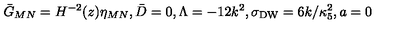
{ \bar { G } } _ { M N } = H ^ { - 2 } ( z ) \eta _ { M N } , \bar { D } = 0 , \Lambda = - 1 2 k ^ { 2 } , \sigma _ { \mathrm { D W } } = 6 k / \kappa _ { 5 } ^ { 2 } , a = 0